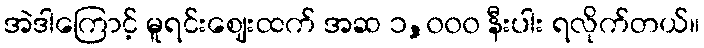
အဲဒါကြောင့် မူရင်းဈေးထက် အဆ ၁,၀၀၀ နီးပါး ရလိုက်တယ်။